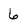
Character: 6